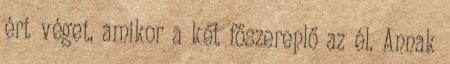
ért véget, amikor a két főszereplő az él. Annak